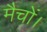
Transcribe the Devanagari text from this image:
मैचों।